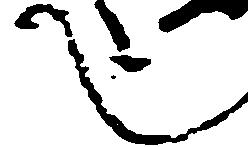
也